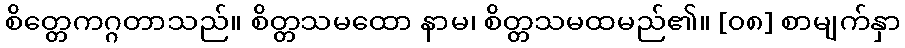
စိတ္တေကဂ္ဂတာသည်။ စိတ္တသမထော နာမ၊ စိတ္တသမထမည်၏။ [၀၈] စာမျက်နှာ